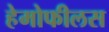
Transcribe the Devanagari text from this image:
हेमोफीलस